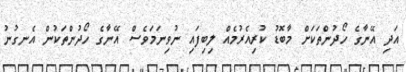
އަދި އޭނާގެ ހޯދުންތަކަށް މާބޮޑު ކުރިއެރުމެއް ލިބިފައި ނުވިނަމަވެސް އޭނާގެ ހޯދުންތަކުން އެނގުނު